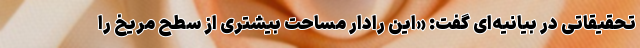
تحقیقاتی در بیانیه‌ای گفت: «این رادار مساحت بیشتری از سطح مریخ را